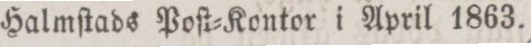
Halmſtads Poſt-Konter i April 1863.